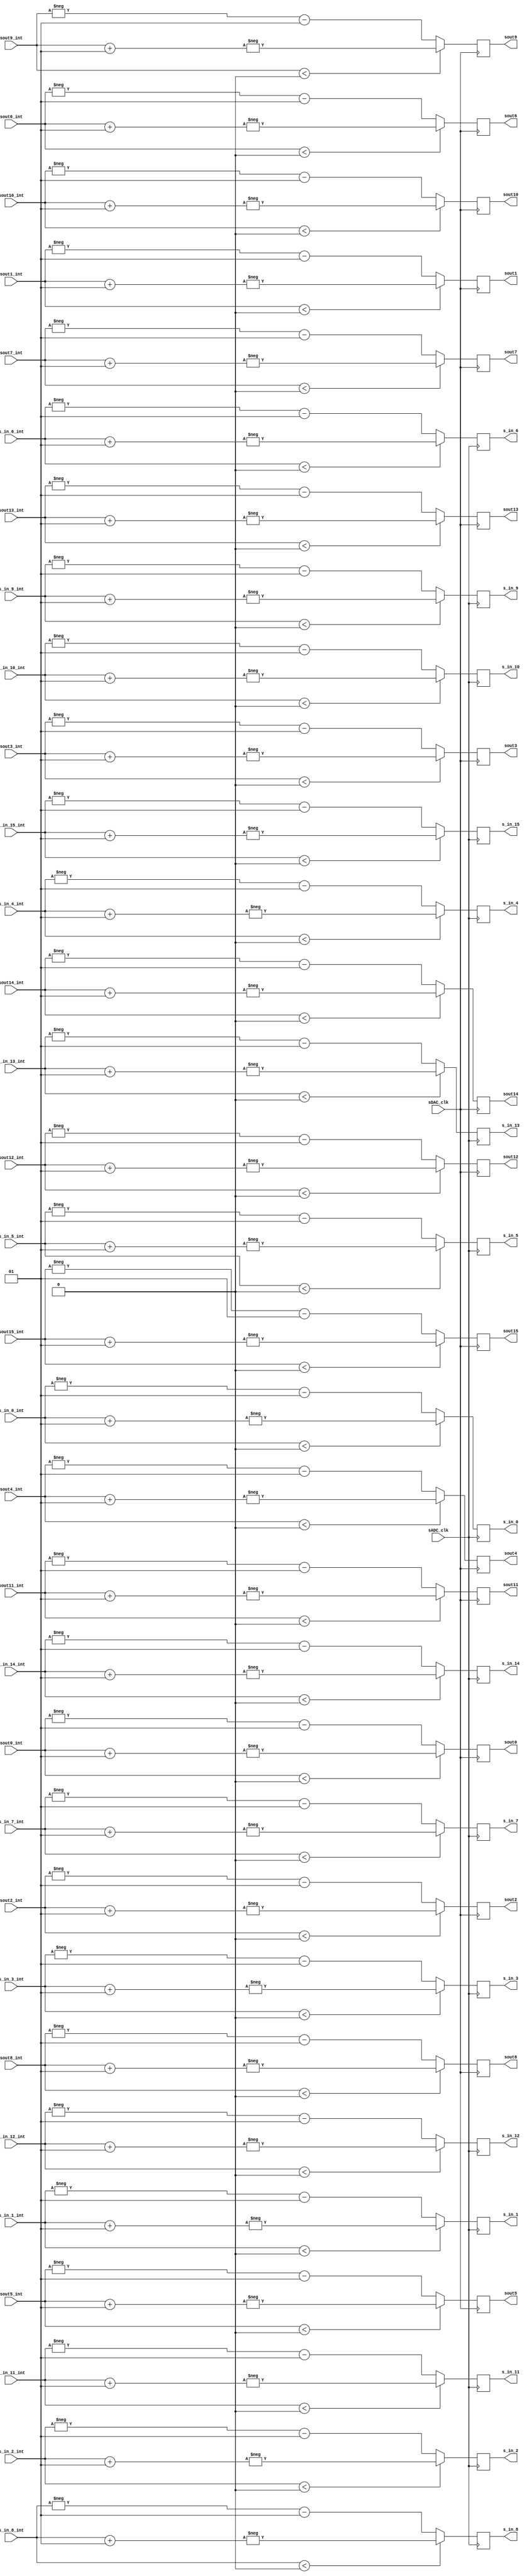
`timescale 1ns / 1ps
///////////////////////////////////////////////////////////////////////////////
// Module to flip signs of slow inputs and outputs because their inverting 
// amplifiers produce a negative sign relative to the rest of the design.
//
// Daniel Schussheim and Kurt Gibble
///////////////////////////////////////////////////////////////////////////////

module SignFlip(
    input wire sADC_clk, sDAC_clk, 
	input wire signed [15:0]					
		s_in_0_int, s_in_1_int, s_in_2_int, s_in_3_int, s_in_4_int, s_in_5_int, s_in_6_int, s_in_7_int, s_in_8_int, s_in_9_int, s_in_10_int, s_in_11_int, s_in_12_int, s_in_13_int, s_in_14_int, s_in_15_int,	
		sout0_int,  sout1_int,  sout2_int,  sout3_int,  sout4_int,  sout5_int,  sout6_int,  sout7_int, sout8_int,  sout9_int,   sout10_int,  sout11_int,  sout12_int,  sout13_int,  sout14_int,  sout15_int,
	output reg signed [15:0]					
		s_in_0, s_in_1, s_in_2, s_in_3, s_in_4, s_in_5, s_in_6, s_in_7, s_in_8, s_in_9, s_in_10, s_in_11, s_in_12, s_in_13, s_in_14, s_in_15,
		sout0,  sout1,  sout2,  sout3,  sout4,  sout5,  sout6,  sout7,  sout8,  sout9,  sout10,  sout11,  sout12,  sout13,  sout14,  sout15
);
// Function that flips sign and offsets by 1, so the most negative 16-bit signed integer -32768 maps to the most positive, 32767.
function signed [15:0] sgnFlip;
    input signed [15:0] in;
    begin
        if (in < 0) sgnFlip = -(in+1);
        else        sgnFlip = -in-1;
    end
endfunction
// Flip signs with offset.
always @(posedge sADC_clk) begin 
    s_in_0  <= sgnFlip(s_in_0_int);
    s_in_1  <= sgnFlip(s_in_1_int);
    s_in_2  <= sgnFlip(s_in_2_int);
    s_in_3  <= sgnFlip(s_in_3_int);
    s_in_4  <= sgnFlip(s_in_4_int);
    s_in_5  <= sgnFlip(s_in_5_int);
    s_in_6  <= sgnFlip(s_in_6_int);
    s_in_7  <= sgnFlip(s_in_7_int);
    s_in_8  <= sgnFlip(s_in_8_int);
    s_in_9  <= sgnFlip(s_in_9_int);
    s_in_10 <= sgnFlip(s_in_10_int);
    s_in_11 <= sgnFlip(s_in_11_int);
    s_in_12 <= sgnFlip(s_in_12_int);
    s_in_13 <= sgnFlip(s_in_13_int);
    s_in_14 <= sgnFlip(s_in_14_int);
    s_in_15 <= sgnFlip(s_in_15_int);
end
always @(posedge sDAC_clk) begin 
	sout0  <= sgnFlip(sout0_int);
    sout1  <= sgnFlip(sout1_int);
    sout2  <= sgnFlip(sout2_int);
    sout3  <= sgnFlip(sout3_int);
    sout4  <= sgnFlip(sout4_int);
    sout5  <= sgnFlip(sout5_int);
    sout6  <= sgnFlip(sout6_int);
    sout7  <= sgnFlip(sout7_int);
    sout8  <= sgnFlip(sout8_int);
    sout9  <= sgnFlip(sout9_int);
    sout10 <= sgnFlip(sout10_int);
    sout11 <= sgnFlip(sout11_int);
    sout12 <= sgnFlip(sout12_int);
    sout13 <= sgnFlip(sout13_int);
    sout14 <= sgnFlip(sout14_int);
    sout15 <= sgnFlip(sout15_int);
end

endmodule